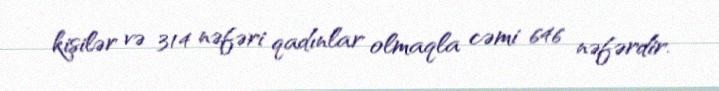
kişilər və 314 nəfəri qadınlar olmaqla cəmi 646 nəfərdir.